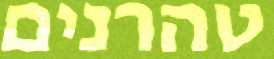
טהרנים